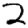
Digit: 2